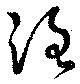
洛